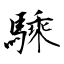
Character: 騬